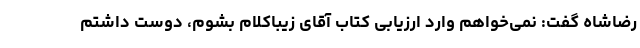
رضاشاه گفت: نمی‌خواهم وارد ارزیابی کتاب آقای زیباکلام بشوم، دوست داشتم